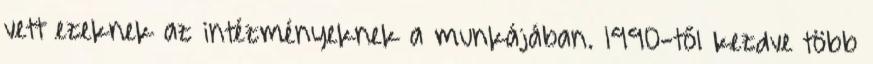
vett ezeknek az intézményeknek a munkájában. 1990-től kezdve több